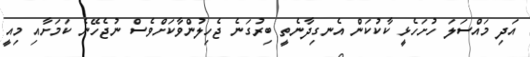
އަދި މައްސަލަ ހުށަހެޅީ ކާކުކަން އެނގިދާނެތީ ބިރުގަނެ ޖެހިލުންވާކަށްވެސް ނުޖެހޭނެ ކަމަށާއި މިއީ